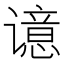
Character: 𰶊